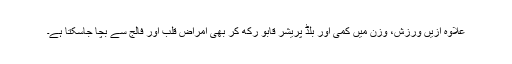
علاوہ ازیں ورزش، وزن میں کمی اور بلڈ پریشر قابو رکھ کر بھی امراض قلب اور فالج سے بچا جاسکتا ہے۔